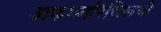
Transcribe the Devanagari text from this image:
अकामापिच्त्लिची